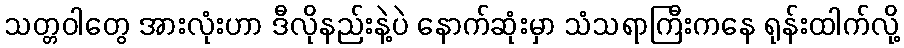
သတ္တဝါတွေ အားလုံးဟာ ဒီလိုနည်းနဲ့ပဲ နောက်ဆုံးမှာ သံသရာကြီးကနေ ရုန်းထါက်လို့